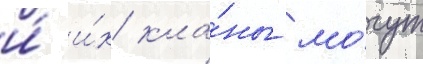
и́ и́х кла́ны мо́гут